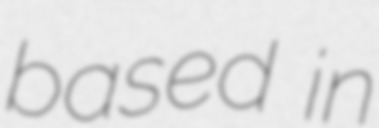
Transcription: based in